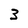
Character: 3